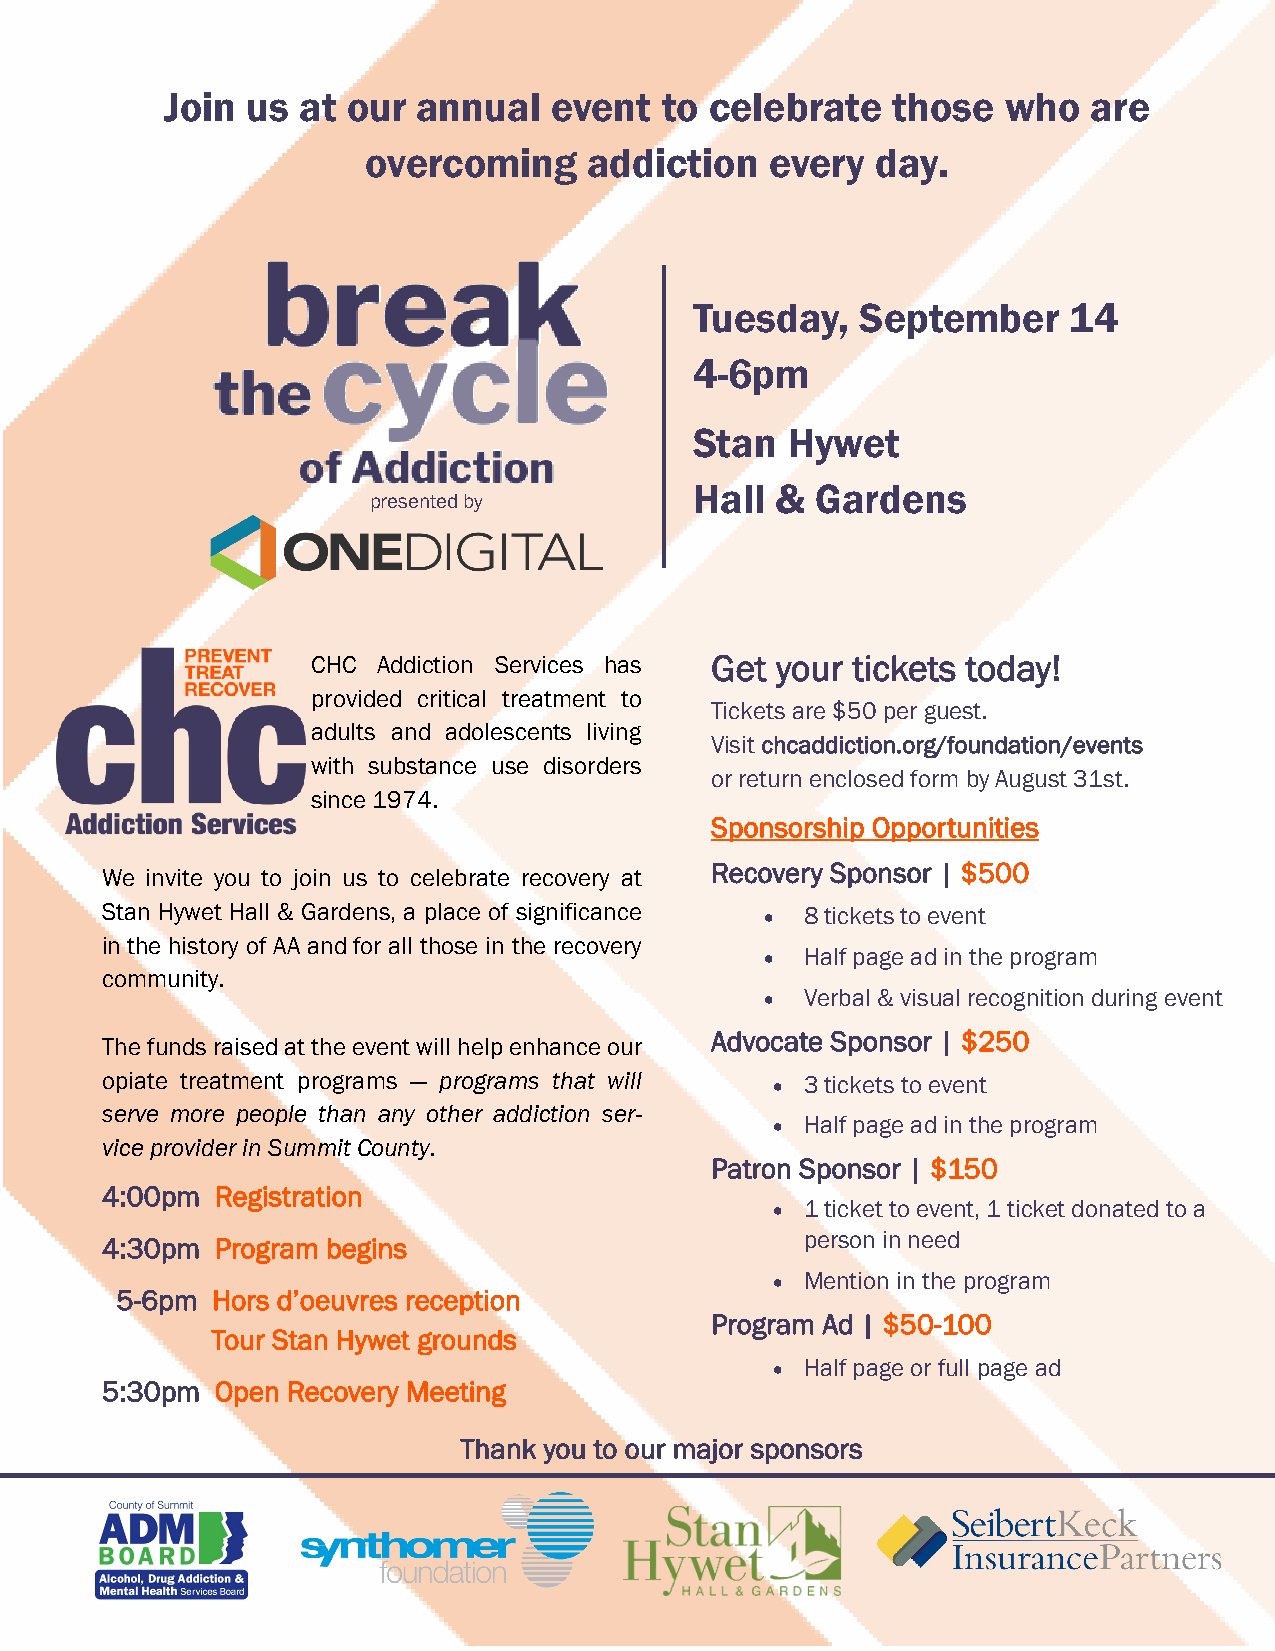
Join us  at our  annual   event  to celebrate   those   who  are
 overcoming     addiction   every  day.
 Tuesday,   September     14
 4-6pm
 Stan  Hywet
 Hall &  Gardens
 presented by
 CHC Addiction Services has Get your tickets today!
 provided critical treatment to
 Tickets are $50 per guest.
 adults and adolescents living
 Visit chcaddiction.org/foundation/events
 with substance use disorders
 or return enclosed form by August 31st.
 since 1974.
 Sponsorship Opportunities
 Recovery Sponsor | $500
 We invite you to join us to celebrate recovery at
 Stan Hywet Hall & Gardens, a place of significance • 8 tickets to event
 in the history of AA and for all those in the recovery
 • Half page ad in the program
 community.
 • Verbal & visual recognition during event
 Advocate Sponsor | $250
 The funds raised at the event will help enhance our
 opiate treatment programs — programs that will • 3 tickets to event
 serve more people than any other addiction ser-
 • Half page ad in the program
 vice provider in Summit County.
 Patron Sponsor | $150
 4:00pm Registration
 • 1 ticket to event, 1 ticket donated to a
 person in need
 4:30pm Program begins
 • Mention in the program
 5-6pm Hors d’oeuvres reception
 Program Ad | $50-100
 Tour Stan Hywet grounds
 • Half page or full page ad
 5:30pm Open Recovery Meeting
 Thank you to our major sponsors